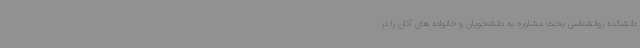
دانشکده روانشناسی بحث مشاوره به دانشجویان و خانواده های آنان را در